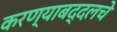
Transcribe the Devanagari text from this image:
करण्याबद्दलचे